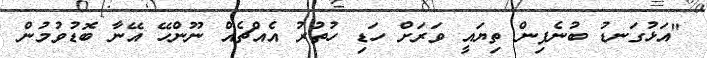
"އަޅުގަނޑު ބުނެފިން ތިޔައީ ވަރަށް ހަޑި ހުތުރު އެއްޗެއް ނޫންހޭ އޭނާ ބޮޑުވުމުން